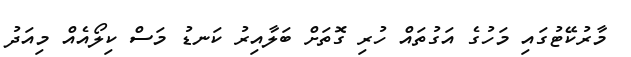
މާރުކޭޓުގައި މަހުގެ އަގުތައް ހުރި ގޮތަށް ބަލާއިރު ކަނޑު މަސް ކިލޯއެއް މިއަދު